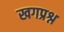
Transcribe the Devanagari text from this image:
खगप्रश्न